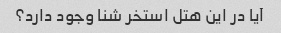
آیا در این هتل استخر شنا وجود دارد؟